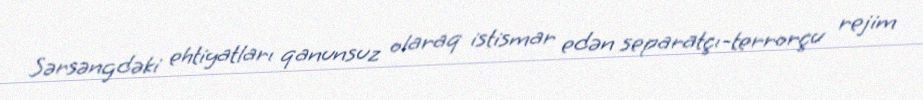
Sərsəngdəki ehtiyatları qanunsuz olaraq istismar edən separatçı-terrorçu rejim